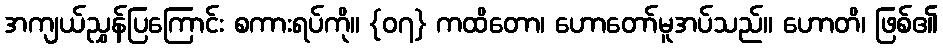
အကျယ်ညွှန်ပြကြောင်း စကားရပ်ကို။ {၀၇} ကထိတော၊ ဟောတော်မူအပ်သည်။ ဟောတိ၊ ဖြစ်၏